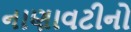
નાણાવટીનો